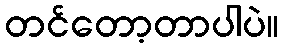
တင်တော့တာပါပဲ။